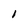
Character: l